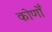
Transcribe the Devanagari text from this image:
कोणोँ